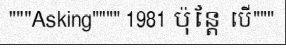
"""Asking"""" 1981 ប៉ុន្តែ បើ"""